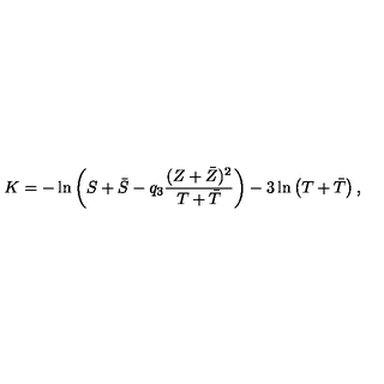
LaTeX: K = - \ln \left( S + \bar { S } - q _ { 3 } \frac { ( Z + \bar { Z } ) ^ { 2 } } { T + \bar { T } } \right) - 3 \ln \left( T + \bar { T } \right) ,